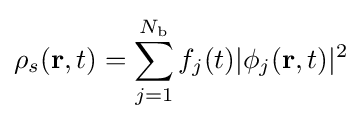
\rho _{s}(\mathbf {r} ,t)=\sum _{j=1}^{N_{\textrm {b}}}f_{j}(t)|\phi _{j}(\mathbf {r} ,t)|^{2}